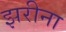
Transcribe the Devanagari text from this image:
झरीना